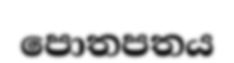
පොතපතය